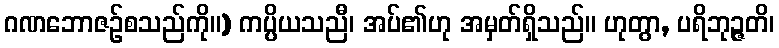
ဂဏဘောဇဉ်စသည်ကို။) ကပ္ပိယသညီ၊ အပ်၏ဟု အမှတ်ရှိသည်။ ဟုတွာ, ပရိဘုဉ္ဇတိ၊